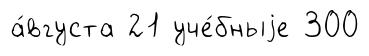
а́вгуста 21 уче́бныjе 300